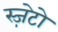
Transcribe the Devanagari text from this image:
स्ज़ेटो